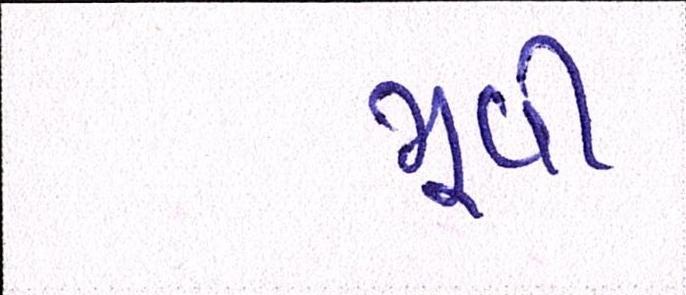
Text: મૂવી